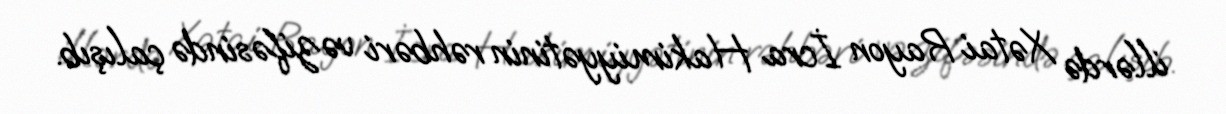
illərdə Xətai Rayon İcra Hakimiyyətinin rəhbəri vəzifəsində çalışıb.